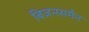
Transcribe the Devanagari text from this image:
बिज़नसमैन